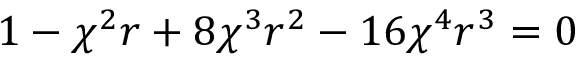
1 - \chi ^ { 2 } r + 8 \chi ^ { 3 } r ^ { 2 } - 1 6 \chi ^ { 4 } r ^ { 3 } = 0